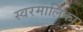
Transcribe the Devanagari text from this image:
स्वरमालिका